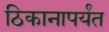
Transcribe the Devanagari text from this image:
ठिकानापर्यंत